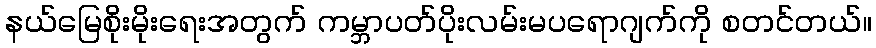
နယ်မြေစိုးမိုးရေးအတွက် ကမ္ဘာပတ်ပိုးလမ်းမပရောဂျက်ကို စတင်တယ်။